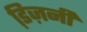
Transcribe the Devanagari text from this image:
डि़ज़नी